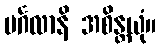
မင်္ဂလာနိ အစိန္တယုံ။